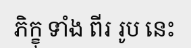
ភិក្ខុ ទាំង ពីរ រូប នេះ